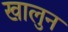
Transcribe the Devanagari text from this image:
खालुन